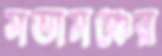
সভামঞ্চের